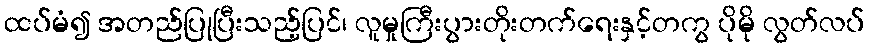
ထပ်မံ၍ အတည်ပြုပြီးသည့်ပြင်၊ လူမှုကြီးပွားတိုးတက်ရေးနှင့်တကွ ပိုမို လွတ်လပ်